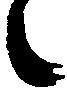
々